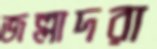
জল্লাদরা